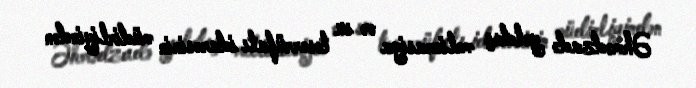
Əhmədzadə yoldaş meliorasiya və su təsərrüfatı idarəsinin müdirliyindən